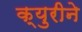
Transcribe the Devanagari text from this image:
क्युरीने